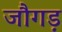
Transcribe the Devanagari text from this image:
जौगड़